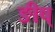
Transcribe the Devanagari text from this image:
ङीष्